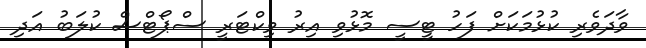
ވާދަވެރި ކުޅުމަކަށް ފަހު ޓީސީ މޮޅުވި އިރު ވިކްޓަރީ ސްޕޯޓްސް ކުލަބު އަދި